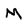
Character: M